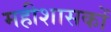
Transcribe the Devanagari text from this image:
महीशासकों